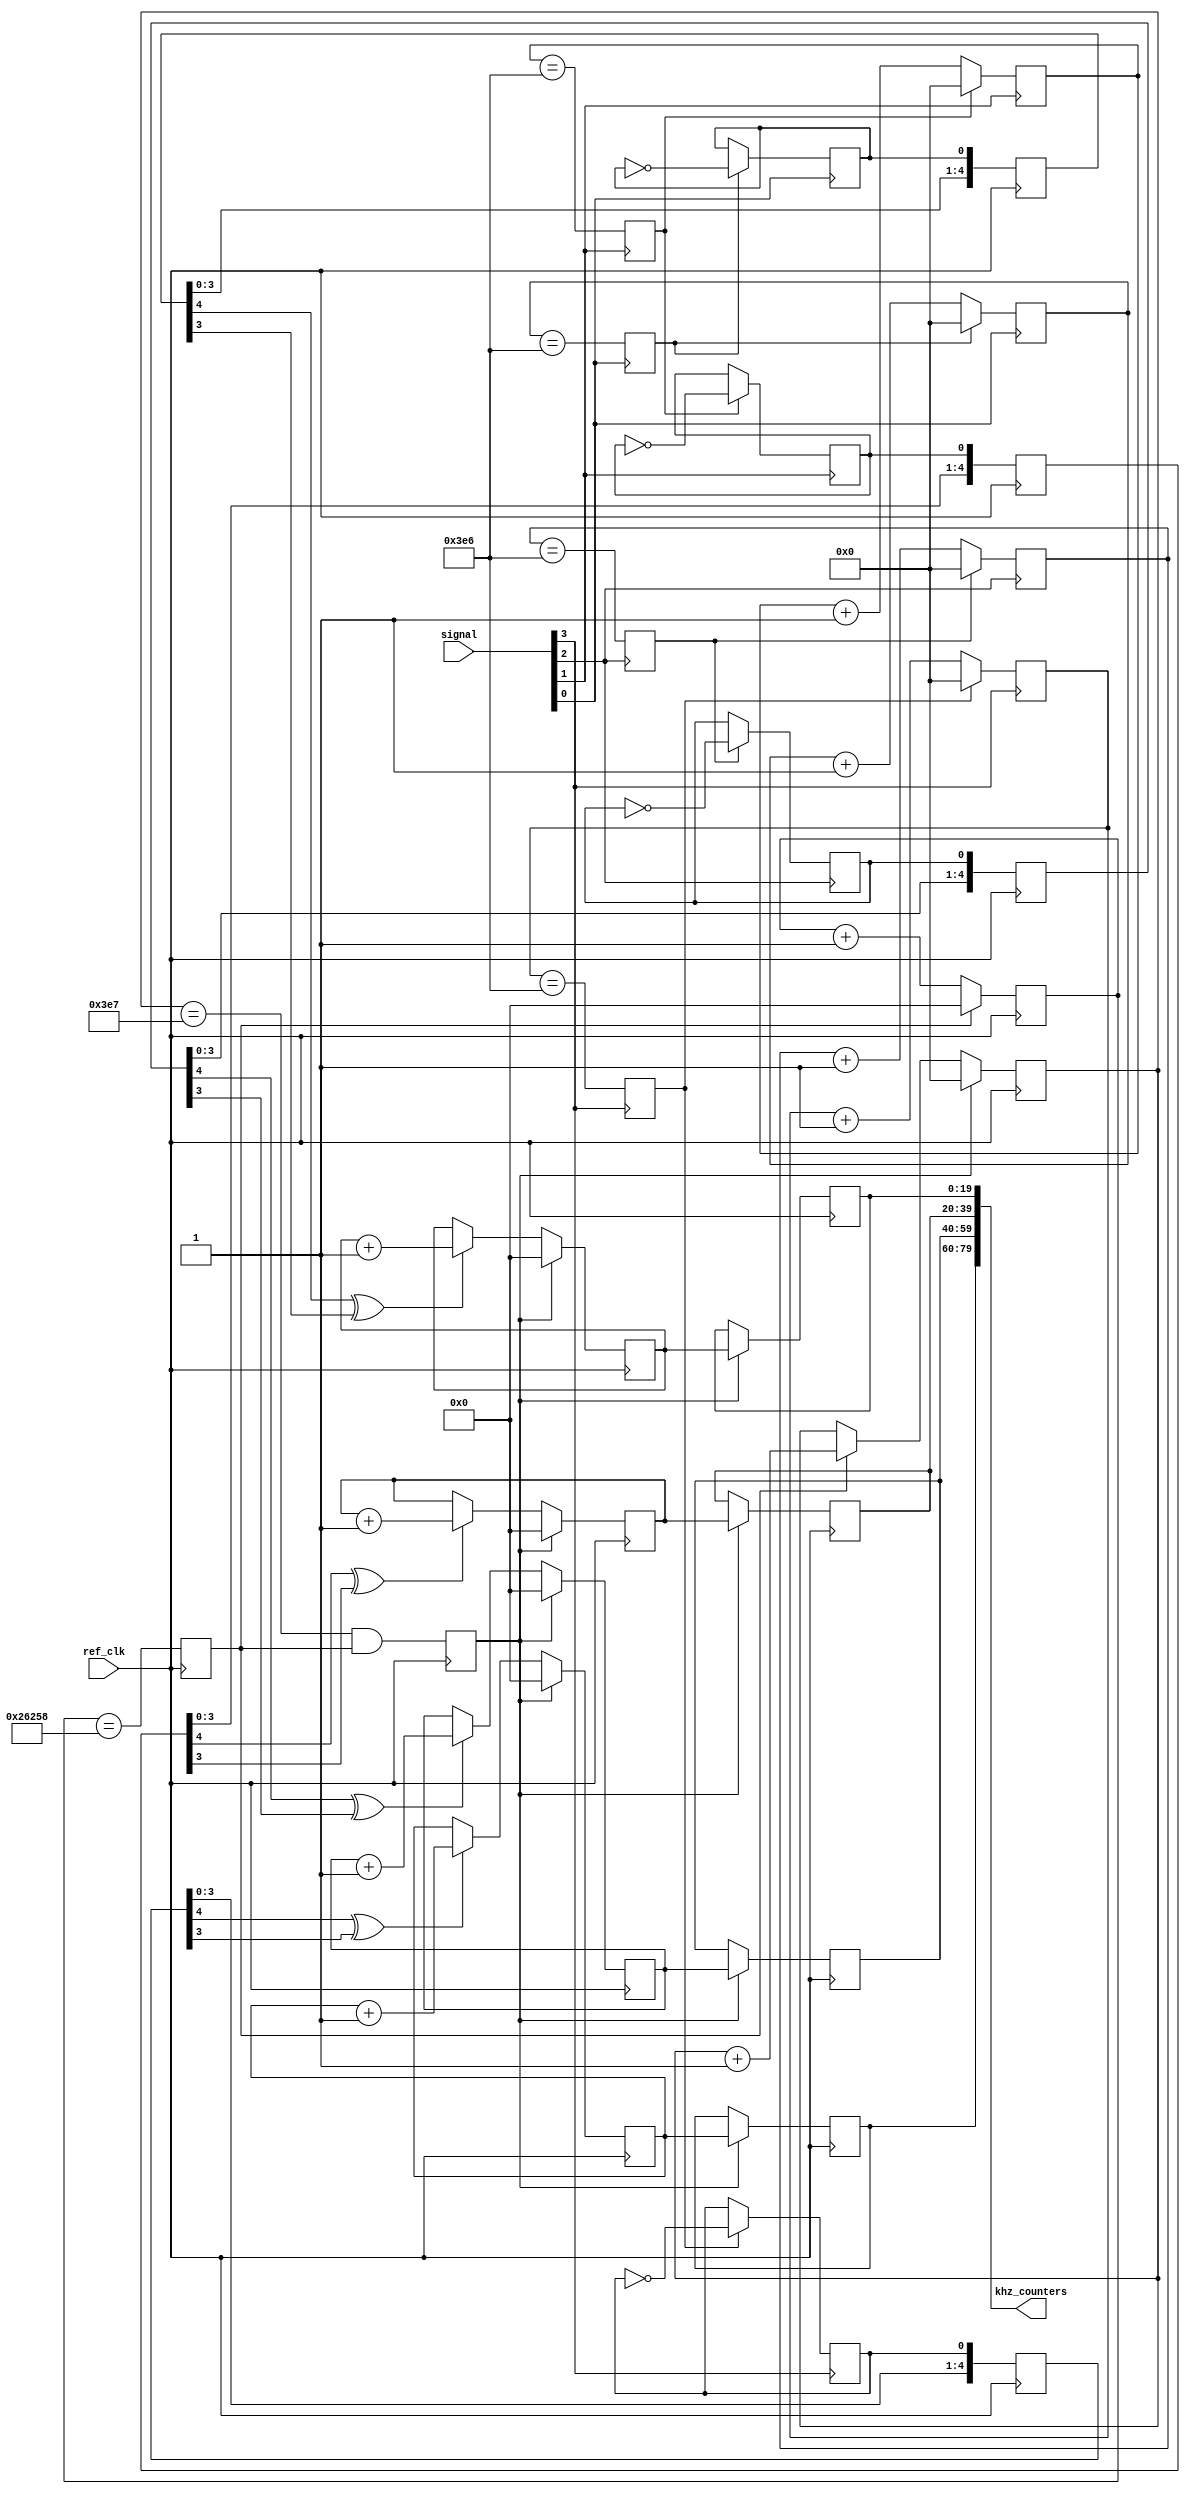
// (C) 2001-2016 Altera Corporation. All rights reserved.
// Your use of Altera Corporation's design tools, logic functions and other 
// software and tools, and its AMPP partner logic functions, and any output 
// files any of the foregoing (including device programming or simulation 
// files), and any associated documentation or information are expressly subject 
// to the terms and conditions of the Altera Program License Subscription 
// Agreement, Altera MegaCore Function License Agreement, or other applicable 
// license agreement, including, without limitation, that your use is for the 
// sole purpose of programming logic devices manufactured by Altera and sold by 
// Altera or its authorized distributors.  Please refer to the applicable 
// agreement for further details.


// $Id: $
// $Revision: $
// $Date: $
// $Author: $
//-----------------------------------------------------------------------------

`timescale 1 ps / 1 ps
// Copyright 2009 Altera Corporation. All rights reserved.  
// Altera products are protected under numerous U.S. and foreign patents, 
// maskwork rights, copyrights and other intellectual property laws.  
//
// This reference design file, and your use thereof, is subject to and governed
// by the terms and conditions of the applicable Altera Reference Design 
// License Agreement (either as signed by you or found at www.altera.com).  By
// using this reference design file, you indicate your acceptance of such terms
// and conditions between you and Altera Corporation.  In the event that you do
// not agree with such terms and conditions, you may not use the reference 
// design file and please promptly destroy any copies you have made.
//
// This reference design file is being provided on an "as-is" basis and as an 
// accommodation and therefore all warranties, representations or guarantees of 
// any kind (whether express, implied or statutory) including, without 
// limitation, warranties of merchantability, non-infringement, or fitness for
// a particular purpose, are specifically disclaimed.  By making this reference
// design file available, Altera expressly does not recommend, suggest or 
// require that this reference design file be used in combination with any 
// other product not provided by Altera.
/////////////////////////////////////////////////////////////////////////////

// baeckler - 02-19-2008
// Monitor the frequency in KHz of (n) clock signals
// 
module frequency_monitor #(
	parameter NUM_SIGNALS = 4,
	parameter REF_KHZ = 20'd156250
)
(
	input [NUM_SIGNALS-1:0] signal,
	input ref_clk,
	output [20*NUM_SIGNALS-1:0] khz_counters
);

// Divide reference clock to make a 1 KHz pulse
reg [19:0] ref_cntr = 0;
reg ref_cntr_max = 1'b0;

always @(posedge ref_clk) begin
	ref_cntr_max <= (ref_cntr == (REF_KHZ-2)); 
	if (ref_cntr_max) ref_cntr <= 0;
	else ref_cntr <= ref_cntr + 1'b1;	
end

// Divide by 1000 to create a seconds pulse
reg [9:0] khz_cntr = 0;
reg khz_cntr_max = 1'b0;

always @(posedge ref_clk) begin
	khz_cntr_max <= (khz_cntr == 10'd999) && ref_cntr_max; 
	if (khz_cntr_max) khz_cntr <= 0;
	else if (ref_cntr_max) khz_cntr <= khz_cntr + 1'b1;	
end
wire one_second = khz_cntr_max;

genvar i;
generate 
	for (i=0; i<NUM_SIGNALS; i=i+1) begin : cn
		
		// scale the signal down from MHz range to KHz range
		reg [9:0] prescale = 0;
		reg prescale_max = 0;
		reg scaled_toggle = 0 /* synthesis preserve */
		/* synthesis ALTERA_ATTRIBUTE = "-name SDC_STATEMENT \"set_false_path -from [get_keepers *frequency_monitor*scaled_toggle]\" " */;

		always @(posedge signal[i]) begin
			prescale_max <= (prescale == 10'd998);
			if (prescale_max) prescale <= 0;
			else prescale <= prescale + 1'b1;
			if (prescale_max) scaled_toggle <= ~scaled_toggle;
		end
		
		// synchronize to reference domain
		reg [4:0] capture = 0 /* synthesis preserve */;
		always @(posedge ref_clk) begin
			capture <= {capture [3:0],scaled_toggle};
		end
		
		// tally KHz of signal activity over a 1s window
		reg [19:0] tally = 0,last_tally = 0;
		always @(posedge ref_clk) begin
			if (one_second) begin
				tally <= 0;
				last_tally <= tally;
			end
			else if (capture[4] ^ capture[3]) tally <= tally + 1'b1;
		end
		
		assign khz_counters[(i+1)*20-1:i*20] = last_tally;				
	end
endgenerate

endmodule
// BENCHMARK INFO :  5SGXEA7N2F45C2
// BENCHMARK INFO :  Max depth :  2.9 LUTs
// BENCHMARK INFO :  Total registers : 260
// BENCHMARK INFO :  Total pins : 85
// BENCHMARK INFO :  Total virtual pins : 0
// BENCHMARK INFO :  Total block memory bits : 0
// BENCHMARK INFO :  Comb ALUTs :                         ; 174             ;       ;
// BENCHMARK INFO :  ALMs : 111 / 234,720 ( < 1 % )
// BENCHMARK INFO :  Worst setup path @ 468.75MHz : 0.984 ns, From cn[1].prescale[0], To cn[1].prescale[5]}
// BENCHMARK INFO :  Worst setup path @ 468.75MHz : 0.808 ns, From cn[2].prescale[9], To cn[2].prescale[9]}
// BENCHMARK INFO :  Worst setup path @ 468.75MHz : 0.756 ns, From cn[3].prescale[8], To cn[3].prescale[9]}